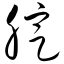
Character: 腚